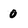
Character: 0